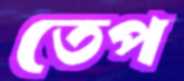
তেপ